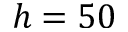
h = 5 0